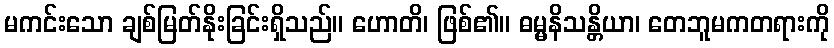
မကင်းသော ချစ်မြတ်နိုးခြင်းရှိသည်။ ဟောတိ၊ ဖြစ်၏။ ဓမ္မနိသန္တိယာ၊ တေဘူမကတရားကို